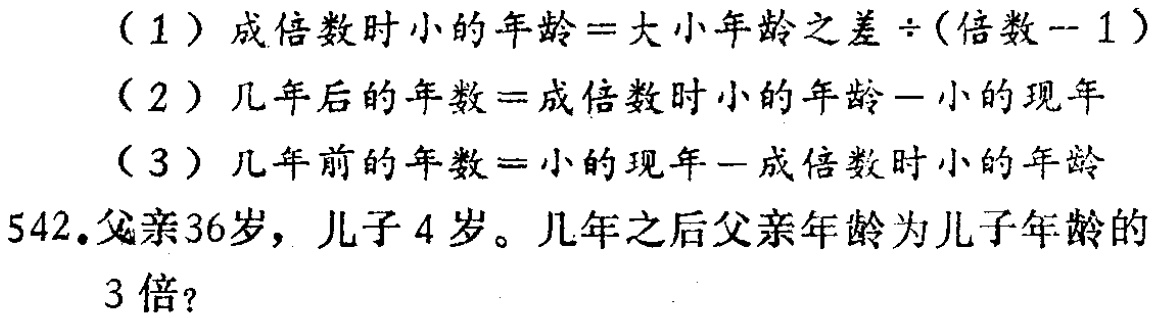
（1）成倍数时小的年龄=大小年龄之差÷(倍数 - 1）

（2）几年后的年数=成倍数时小的年龄 - 小的现年

（3）几年前的年数=小的现年 - 成倍数时小的年龄

542.父亲36岁，儿子4岁。几年之后父亲年龄为儿子年龄的3倍？